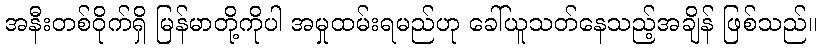
အနီးတစ်ဝိုက်ရှိ မြန်မာတို့ကိုပါ အမှုထမ်းရမည်ဟု ခေါ်ယူသတ်နေသည့်အချိန် ဖြစ်သည်။